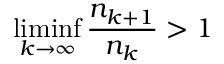
\operatorname* { l i m i n f } _ { k \to \infty } { \frac { n _ { k + 1 } } { n _ { k } } } > 1